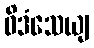
ဝိဒံသေယျ